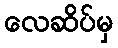
လေဆိပ်မှ